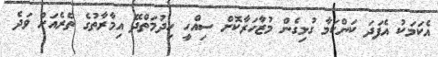
އެކަމަކު އެފަދަ ކަންކަމާ ގުޅިގެން މުޒާހަރާކޮށް ސިއްހީ ހިދުމަތްދޭ އިމާރާތުގެ ތެރެއަށް ވަދެ